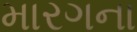
મારગના